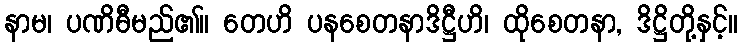
နာမ၊ ပဏိဓီမည်၏။ တေဟိ ပနစေတနာဒိဋ္ဌီဟိ၊ ထိုစေတနာ, ဒိဋ္ဌိတို့နှင့်။